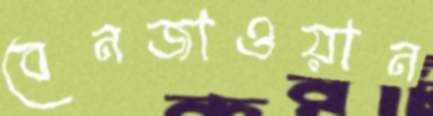
বেনজাওয়ান